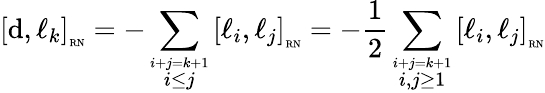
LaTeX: \left[\mathrm{d},\ell_{k}\right]_{\mathrm{\tiny{RN}}}=-\sum_{\overset{i+j=k+1}{i\leq j}}\left[\ell_{i},\ell_{j}\right]_{\mathrm{\tiny{RN}}}=-\frac{1}{2}\sum_{\overset{i+j=k+1}{i,j\geq 1}}\left[\ell_{i},\ell_{j}\right]_{\mathrm{\tiny{RN}}}